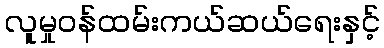
လူမှုဝန်ထမ်းကယ်ဆယ်ရေးနှင့်